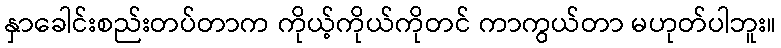
နှာခေါင်းစည်းတပ်တာက ကိုယ့်ကိုယ်ကိုတင် ကာကွယ်တာ မဟုတ်ပါဘူး။